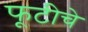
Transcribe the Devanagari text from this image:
फूटीचे